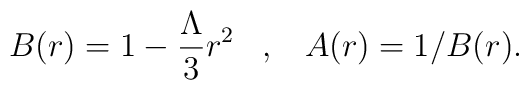
B(r)=1-{\Lambda\over 3}r^2\;\;\;,\;\;\;A(r)=1/B(r).